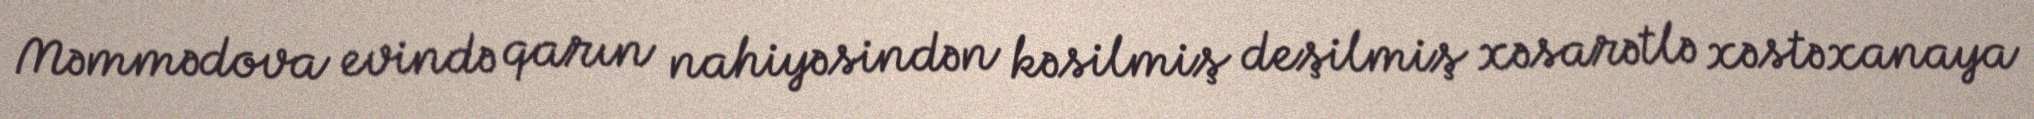
Məmmədova evində qarın nahiyəsindən kəsilmiş deşilmiş xəsarətlə xəstəxanaya